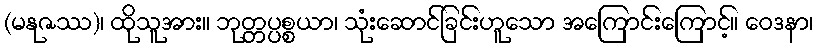
(မနုဇဿ)၊ ထိုသူအား။ ဘုတ္တပ္ပစ္စယာ၊ သုံးဆောင်ခြင်းဟူသော အကြောင်းကြောင့်။ ဝေဒနာ၊